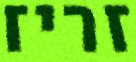
זריז